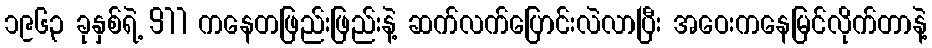
၁၉၆၃ ခုနှစ်ရဲ့ 911 ကနေတဖြည်းဖြည်းနဲ့ ဆက်လက်ပြောင်းလဲလာပြီး အဝေးကနေမြင်လိုက်တာနဲ့